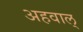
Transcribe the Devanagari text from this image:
अहवाल्